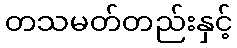
တသမတ်တည်းနှင့်